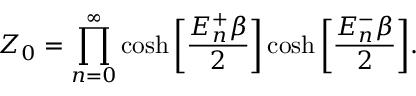
Z _ { 0 } = \prod _ { n = 0 } ^ { \infty } \cosh \bigg [ \frac { E _ { n } ^ { + } \beta } { 2 } \bigg ] \cosh \bigg [ \frac { E _ { n } ^ { - } \beta } { 2 } \bigg ] .